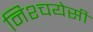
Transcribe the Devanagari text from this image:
निश्चयेसी